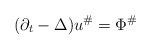
LaTeX: \begin{align*}(\partial_t-\Delta)u^\#=\Phi^\#\end{align*}